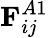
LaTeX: \mathbf{F}_{ij}^{A1}